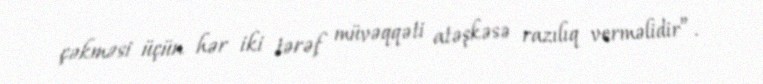
çəkməsi üçün hər iki tərəf müvəqqəti atəşkəsə razılıq verməlidir”.